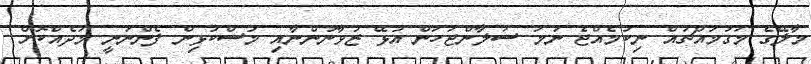
މާލޭގެ މަގުމައްޗައް ނިކުމެއްޖެ ނަމަ ސަލާންޖަހަން އުޅޭ ޒުވާނުންނާއި މުސްކުޅިން ފެންނަނީ މަދެއްކޮށް